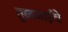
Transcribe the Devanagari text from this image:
तुळजाईचे